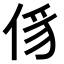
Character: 𠉠